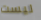
ليست